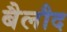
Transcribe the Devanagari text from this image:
बैलौद